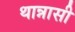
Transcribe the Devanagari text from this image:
थान्नासी